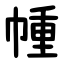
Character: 㡖